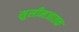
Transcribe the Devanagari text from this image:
सुसीमजातक